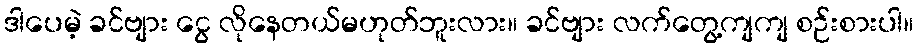
ဒါပေမဲ့ ခင်ဗျား ငွေ လိုနေတယ်မဟုတ်ဘူးလား။ ခင်ဗျား လက်တွေ့ကျကျ စဉ်းစားပါ။